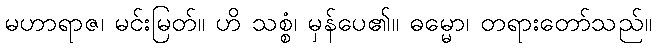
မဟာရာဇ၊ မင်းမြတ်။ ဟိ သစ္စံ၊ မှန်ပေ၏။ ဓမ္မော၊ တရားတော်သည်။